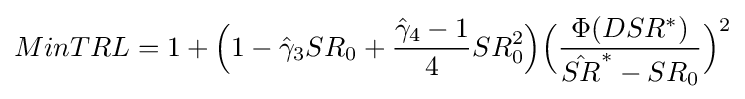
MinTRL=1+{\Bigl (}1-{\hat {\gamma }}_{3}SR_{0}+{\frac {{\hat {\gamma }}_{4}-1}{4}}SR_{0}^{2}{\Bigr )}{\Bigl (}{\frac {\Phi (DSR^{*})}{{\hat {SR}}^{*}-SR_{0}}}{\Bigr )}^{2}